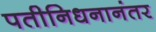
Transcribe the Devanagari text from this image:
पतीनिधनानंतर